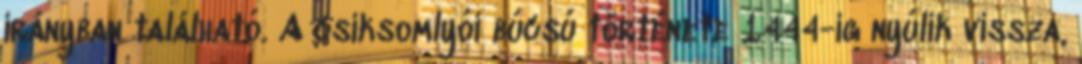
irányban található. A csíksomlyói búcsú története 1444-ig nyúlik vissza,